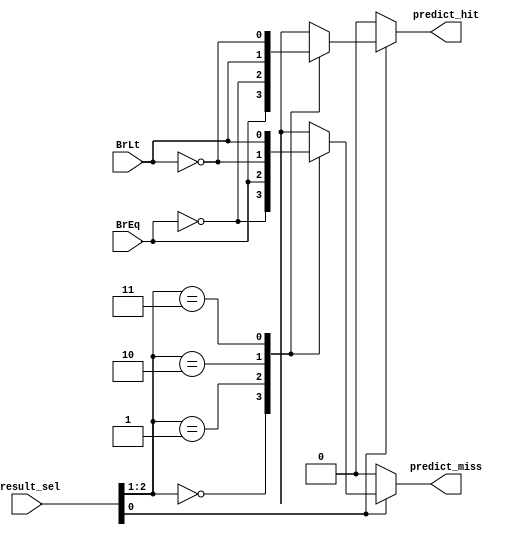
module predict(
    input       [2:0]       bresult_sel,
    input                   BrEq,
    input                   BrLt,

    output  reg             predict_hit,
    output  reg             predict_miss
);

    always @(*) begin
        if(bresult_sel[0] == 1'b1) begin
            case (bresult_sel[2:1])
                2'b00 :   begin predict_hit = BrEq; predict_miss = !BrEq; end
                2'b01 :   begin predict_hit = !BrEq; predict_miss = BrEq; end
                2'b10 :   begin predict_hit = BrLt; predict_miss = !BrLt; end
                2'b11 :   begin predict_hit = !BrLt; predict_miss = BrLt; end
            endcase
        end else begin
            predict_hit = 1'b0; predict_miss = 1'b0;
        end

    end
    
endmodule //predict